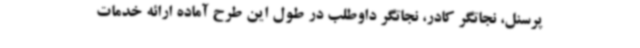
پرسنل، نجاتگر کادر، نجاتگر داوطلب در طول این طرح آماده ارائه خدمات